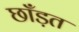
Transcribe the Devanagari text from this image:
छाँड़त